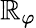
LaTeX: \mathbb{R}_{\varphi}